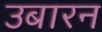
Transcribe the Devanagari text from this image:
उबारन